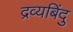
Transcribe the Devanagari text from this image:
द्रव्यबिंदु